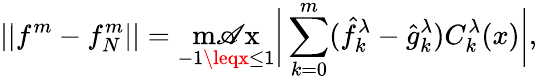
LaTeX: ||f^{m}-f_{N}^{m}||=\operatorname*{m\mathscr{A}x}_{-1\leqx\leq1}\bigg|\sum_{k=0}^{m}(\hat{{f}}_{k}^{\lambda}-\hat{{g}}_{k}^{\lambda})C_{k}^{\lambda}(x)\bigg|,